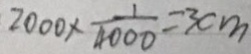
2 0 0 0 \times \frac { 1 } { 4 0 0 0 } = 3 c m